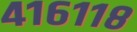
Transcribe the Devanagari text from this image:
४१६११८